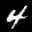
Label: 4